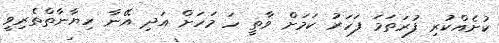
ކުށެއްކުރި ފުރަތަމަ ފަހަރު ކަމަށް ވާތީ ހަ މަހަށް އަދި އޭނާ ހިޔާނާތްތެރިވީ